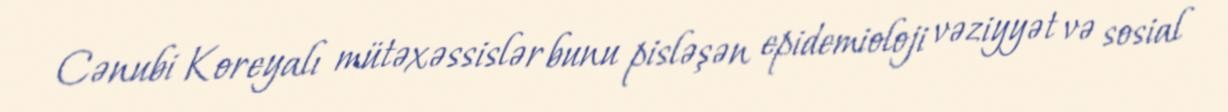
Cənubi Koreyalı mütəxəssislər bunu pisləşən epidemioloji vəziyyət və sosial